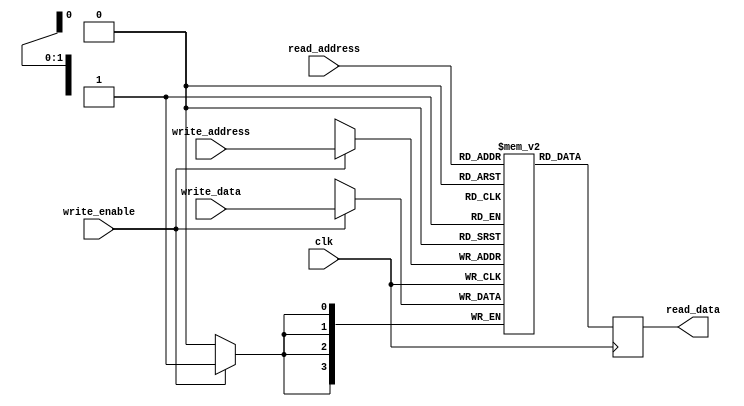
module register_file(
    input wire clk,
    input wire [1:0] read_address,
    input wire [1:0] write_address,
    input wire write_enable,
    input wire [3:0] write_data,
    output reg [3:0] read_data
);

reg [3:0] registers [3:0];

always @ (posedge clk) begin
    if(write_enable) begin
        registers[write_address] <= write_data;
    end
    read_data <= registers[read_address];
end

endmodule